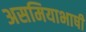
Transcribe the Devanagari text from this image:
असमियाभाषी